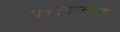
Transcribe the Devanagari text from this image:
धक्क्यानंतरही